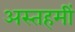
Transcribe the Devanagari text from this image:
अस्तहमीं